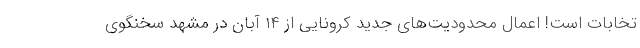
تخابات است! اعمال محدودیت‌های جدید کرونایی از ١۴ آبان در مشهد سخنگوی